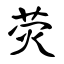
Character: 荧